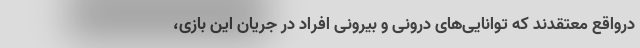
درواقع معتقدند که توانایی‌های درونی و بیرونی افراد در جریان این بازی،